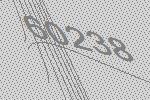
60238